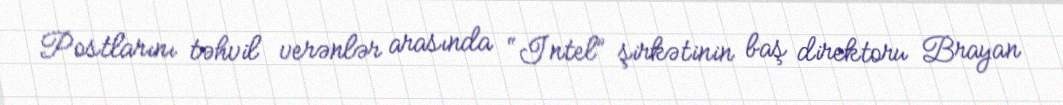
Postlarını təhvil verənlər arasında “Intel” şirkətinin baş direktoru Brayan